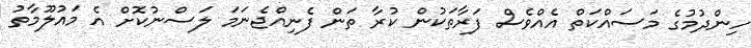
ހިންދުމުގެ މަސައްކަތް އެއްވެސް ފަރާތަކުން ކުރާ ތަން ފެނިއްޖެނަމަ ލަސްނުކޮށް އެ މައުލޫމާތު